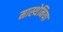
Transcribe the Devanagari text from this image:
मास्थेनिया